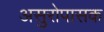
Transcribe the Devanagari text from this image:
असुरोपासक